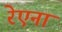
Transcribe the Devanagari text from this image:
रेएना